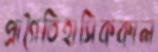
প্রাগৈতিহাসিককাল